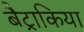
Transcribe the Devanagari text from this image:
बैट्राकिया